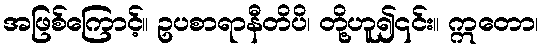
အဖြစ်ကြောင့်။ ဥပစာရာနီတိပိ၊ တို့ဟူ၍၎င်း။ ဣတော၊